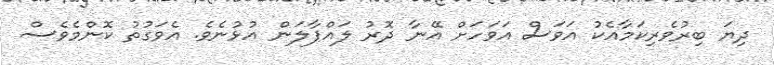
ދިޔަ ބިރުވެރިކަމާއެކު އަވަސް އަވަހަށް އޭނާ ދޮރު ލައްޕާލަން އުޅުނެވެ. އެވަގުތު ކޮންމެވެސް